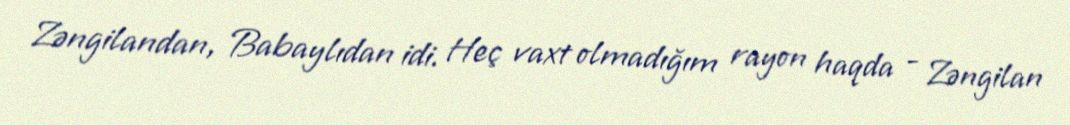
Zəngilandan, Babaylıdan idi. Heç vaxt olmadığım rayon haqda - Zəngilan